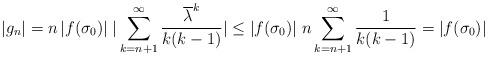
LaTeX: \begin{align*}|g_n| = n \, |f(\sigma_0)| \; |\sum_{k=n+1}^\infty \frac{\overline{\lambda}^k}{k(k-1)}| \le |f(\sigma_0)| \; n \sum_{k=n+1}^\infty \frac{1}{k(k-1)} = |f(\sigma_0)|\end{align*}